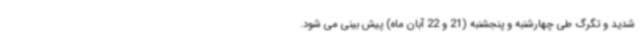
شدید و تگرگ طی چهارشنبه و پنجشنبه (21 و 22 آبان ماه) پیش بینی می شود.